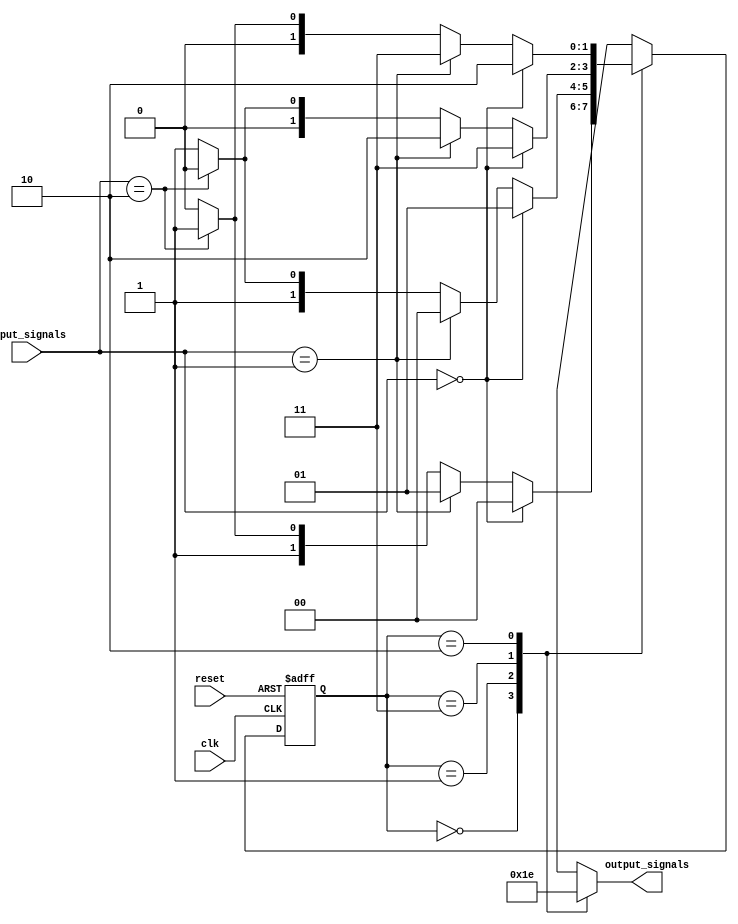
module gray_code_state_machine (
    input wire clk,
    input wire reset,
    input wire [1:0] input_signals,
    output reg [1:0] output_signals
);

// State encoding using Gray code
parameter S0 = 2'b00;
parameter S1 = 2'b01;
parameter S2 = 2'b11;
parameter S3 = 2'b10;

// State register to store current state
reg [1:0] current_state, next_state;

always @(posedge clk or posedge reset) begin
    if (reset) begin
        current_state <= S0;
    end else begin
        current_state <= next_state;
    end
end

// Next state logic block
always @* begin
    case (current_state)
        S0: begin
            if (input_signals == 2'b00) begin
                next_state = S0;
            end else if (input_signals == 2'b01) begin
                next_state = S1;
            end else if (input_signals == 2'b10) begin
                next_state = S2;
            end else begin
                next_state = S3;
            end
        end
        S1: begin
            if (input_signals == 2'b00) begin
                next_state = S1;
            end else if (input_signals == 2'b01) begin
                next_state = S0;
            end else if (input_signals == 2'b10) begin
                next_state = S3;
            end else begin
                next_state = S2;
            end
        end
        S2: begin
            if (input_signals == 2'b00) begin
                next_state = S2;
            end else if (input_signals == 2'b01) begin
                next_state = S3;
            end else if (input_signals == 2'b10) begin
                next_state = S0;
            end else begin
                next_state = S1;
            end
        end
        S3: begin
            if (input_signals == 2'b00) begin
                next_state = S3;
            end else if (input_signals == 2'b01) begin
                next_state = S2;
            end else if (input_signals == 2'b10) begin
                next_state = S1;
            end else begin
                next_state = S0;
            end
        end
    endcase
end

// Outputs based on current state
always @* begin
    case (current_state)
        S0: output_signals = 2'b00;
        S1: output_signals = 2'b01;
        S2: output_signals = 2'b11;
        S3: output_signals = 2'b10;
    endcase
end

endmodule